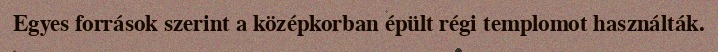
Egyes források szerint a középkorban épült régi templomot használták.